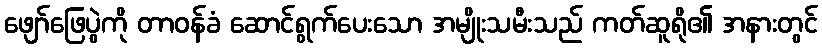
ဖျော်ဖြေပွဲကို တာဝန်ခံ ဆောင်ရွက်ပေးသော အမျိုးသမီးသည် ကတ်ဆူရို၏ အနားတွင်